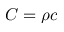
C = \rho c